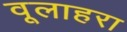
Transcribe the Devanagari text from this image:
वूलाहरा